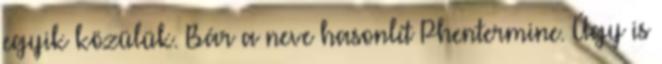
egyik közülük. Bár a neve hasonlít Phentermine. Úgy is